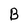
Character: B